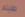
طلبتم